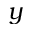
y